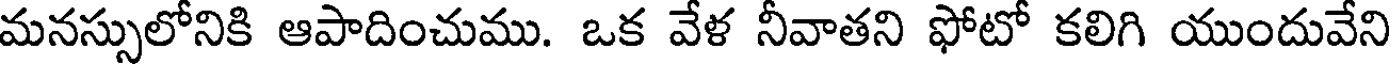
మనస్సులోనికి ఆపాదించుము. ఒక వేళ నీవాతని ఫోటో కలిగి యుందువేని